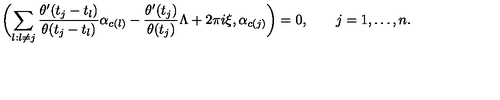
\biggl ( \sum _ { l : l \neq j } { \frac { \theta ^ { \prime } ( t _ { j } - t _ { l } ) } { \theta ( t _ { j } - t _ { l } ) } } \alpha _ { c ( l ) } - { \frac { \theta ^ { \prime } ( t _ { j } ) } { \theta ( t _ { j } ) } } \Lambda + 2 \pi i \xi , \alpha _ { c ( j ) } \biggr ) = 0 , \qquad j = 1 , \dots , n .